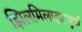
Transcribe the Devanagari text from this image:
झिलमिलाहटपूर्ण